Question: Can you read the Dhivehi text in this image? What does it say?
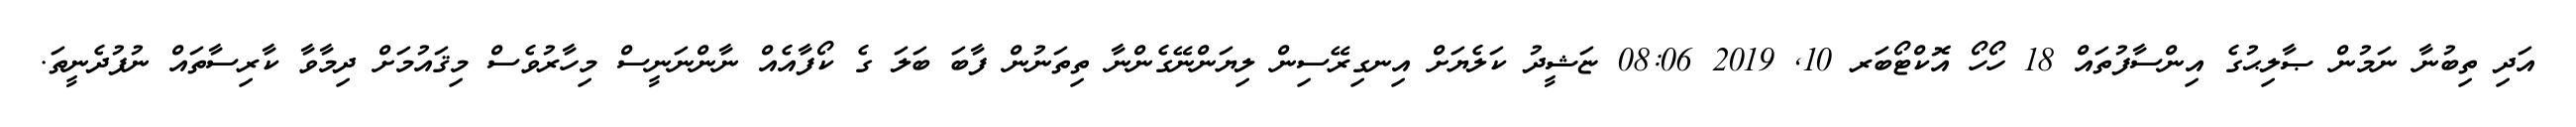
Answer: އަދި ތިބުނާ ނަމުން ޞާލިޙުގެ އިންސާފުތައް 18 ހޯހޯ އޮކްޓޯބަރ 10, 2019 08:06 ޏަޝީދު ކަލެޔަށް އިނގިރޭސިން ލިޔަންނޭގެންނާ ތިތަނުން ފާބަ ބަލަ ގެ ކޯފާއެއް ނާންނަނީސް މިހާރުވެސް މިޤައުމަށް ދިމާވާ ކާރިސާތައް ނުފުދެނީތަ.